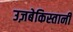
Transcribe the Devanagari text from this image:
उज़बेकिस्तानी